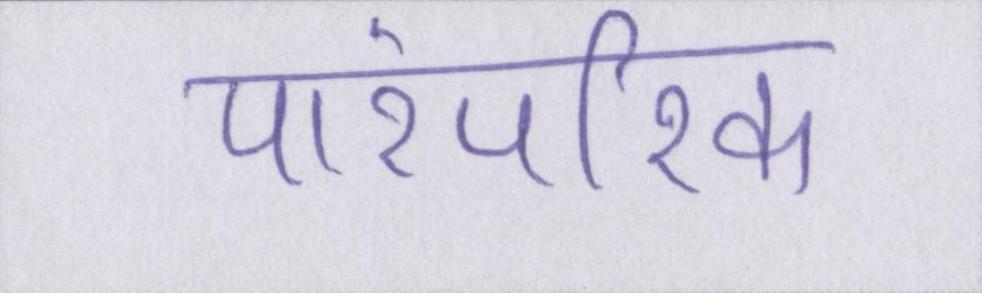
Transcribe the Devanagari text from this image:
पारंपरिक